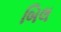
બિલ